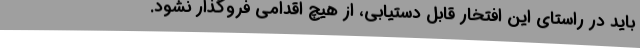
باید در راستای این افتخار قابل دستیابی، از هیچ اقدامی فروگذار نشود.